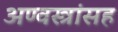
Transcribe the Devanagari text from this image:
अण्वस्त्रांसह